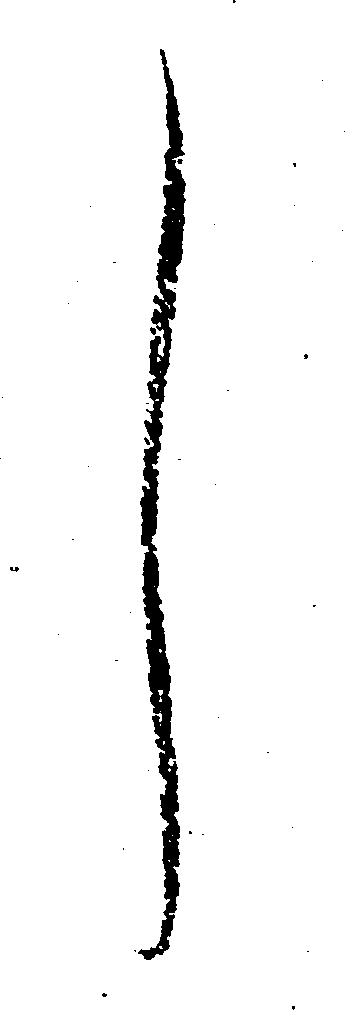
し